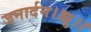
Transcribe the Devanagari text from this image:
जनार्दन।।ध्रु।।